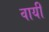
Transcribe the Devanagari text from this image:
वायीं